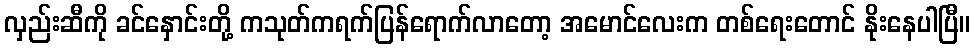
လှည်းဆီကို ခင်နှောင်းတို့ ကသုတ်ကရက်ပြန်ရောက်လာတော့ အမောင်လေးက တစ်ရေးတောင် နိုးနေပါပြီ။